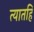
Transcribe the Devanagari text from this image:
त्यातहि